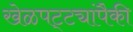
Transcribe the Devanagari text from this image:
खेळपट्ट्यांपैकी